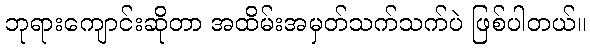
ဘုရားကျောင်းဆိုတာ အထိမ်းအမှတ်သက်သက်ပဲ ဖြစ်ပါတယ်။